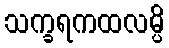
သက္ခရကထလမ္ပိ